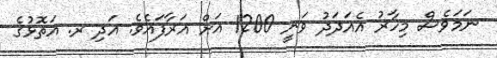
ނަމަވެސް މިހާރު އެއަދަދު ވަނީ 1200 އަށް އަރާފައެވެ. އަދި ރ. އަތޮޅުގެ